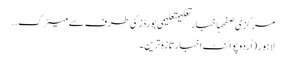
مرکزی صفحہاخبارتعلیمتعلیمی بورڈز کی طرف سے میٹرک ..
لاہور (اُردو پوائنٹ اخبارتازہ ترین۔